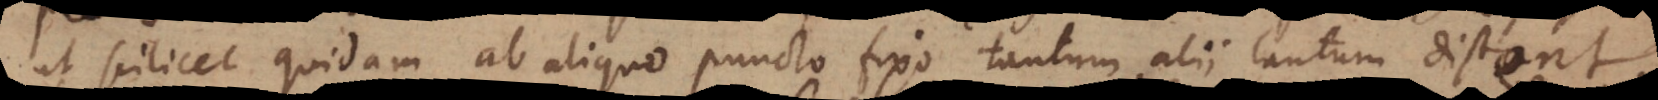
ut scilicet quidam ab aliquo puncto fixo tantum, alii tantum distent.